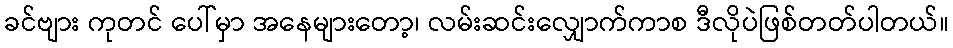
ခင်ဗျား ကုတင် ပေါ်မှာ အနေများတော့၊ လမ်းဆင်းလျှောက်ကာစ ဒီလိုပဲဖြစ်တတ်ပါတယ်။